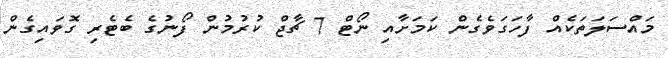
މައްސަލަތަކެއް ފާހަގަވެގެން ކަމަށާއި ނޯޓް 7 ޗާޖް ކުރުމުން ފޯނުގެ ބެޓެރި ގޮވައިގެން